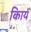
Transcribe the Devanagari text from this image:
किाय